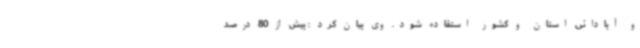
و آبادانی استان و کشور استفاده شود. وی بیان کرد : بیش از 80 درصد